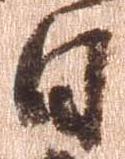
日